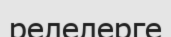
релелерге